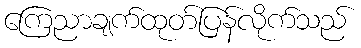
ကြေညာချက်ထုတ်ပြန်လိုက်သည်